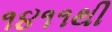
૧૪૧૧થી